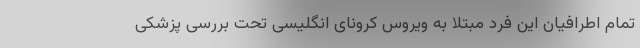
تمام اطرافیان این فرد مبتلا به ویروس کرونای انگلیسی تحت بررسی پزشکی